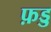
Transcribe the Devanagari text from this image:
फ़ड्ड